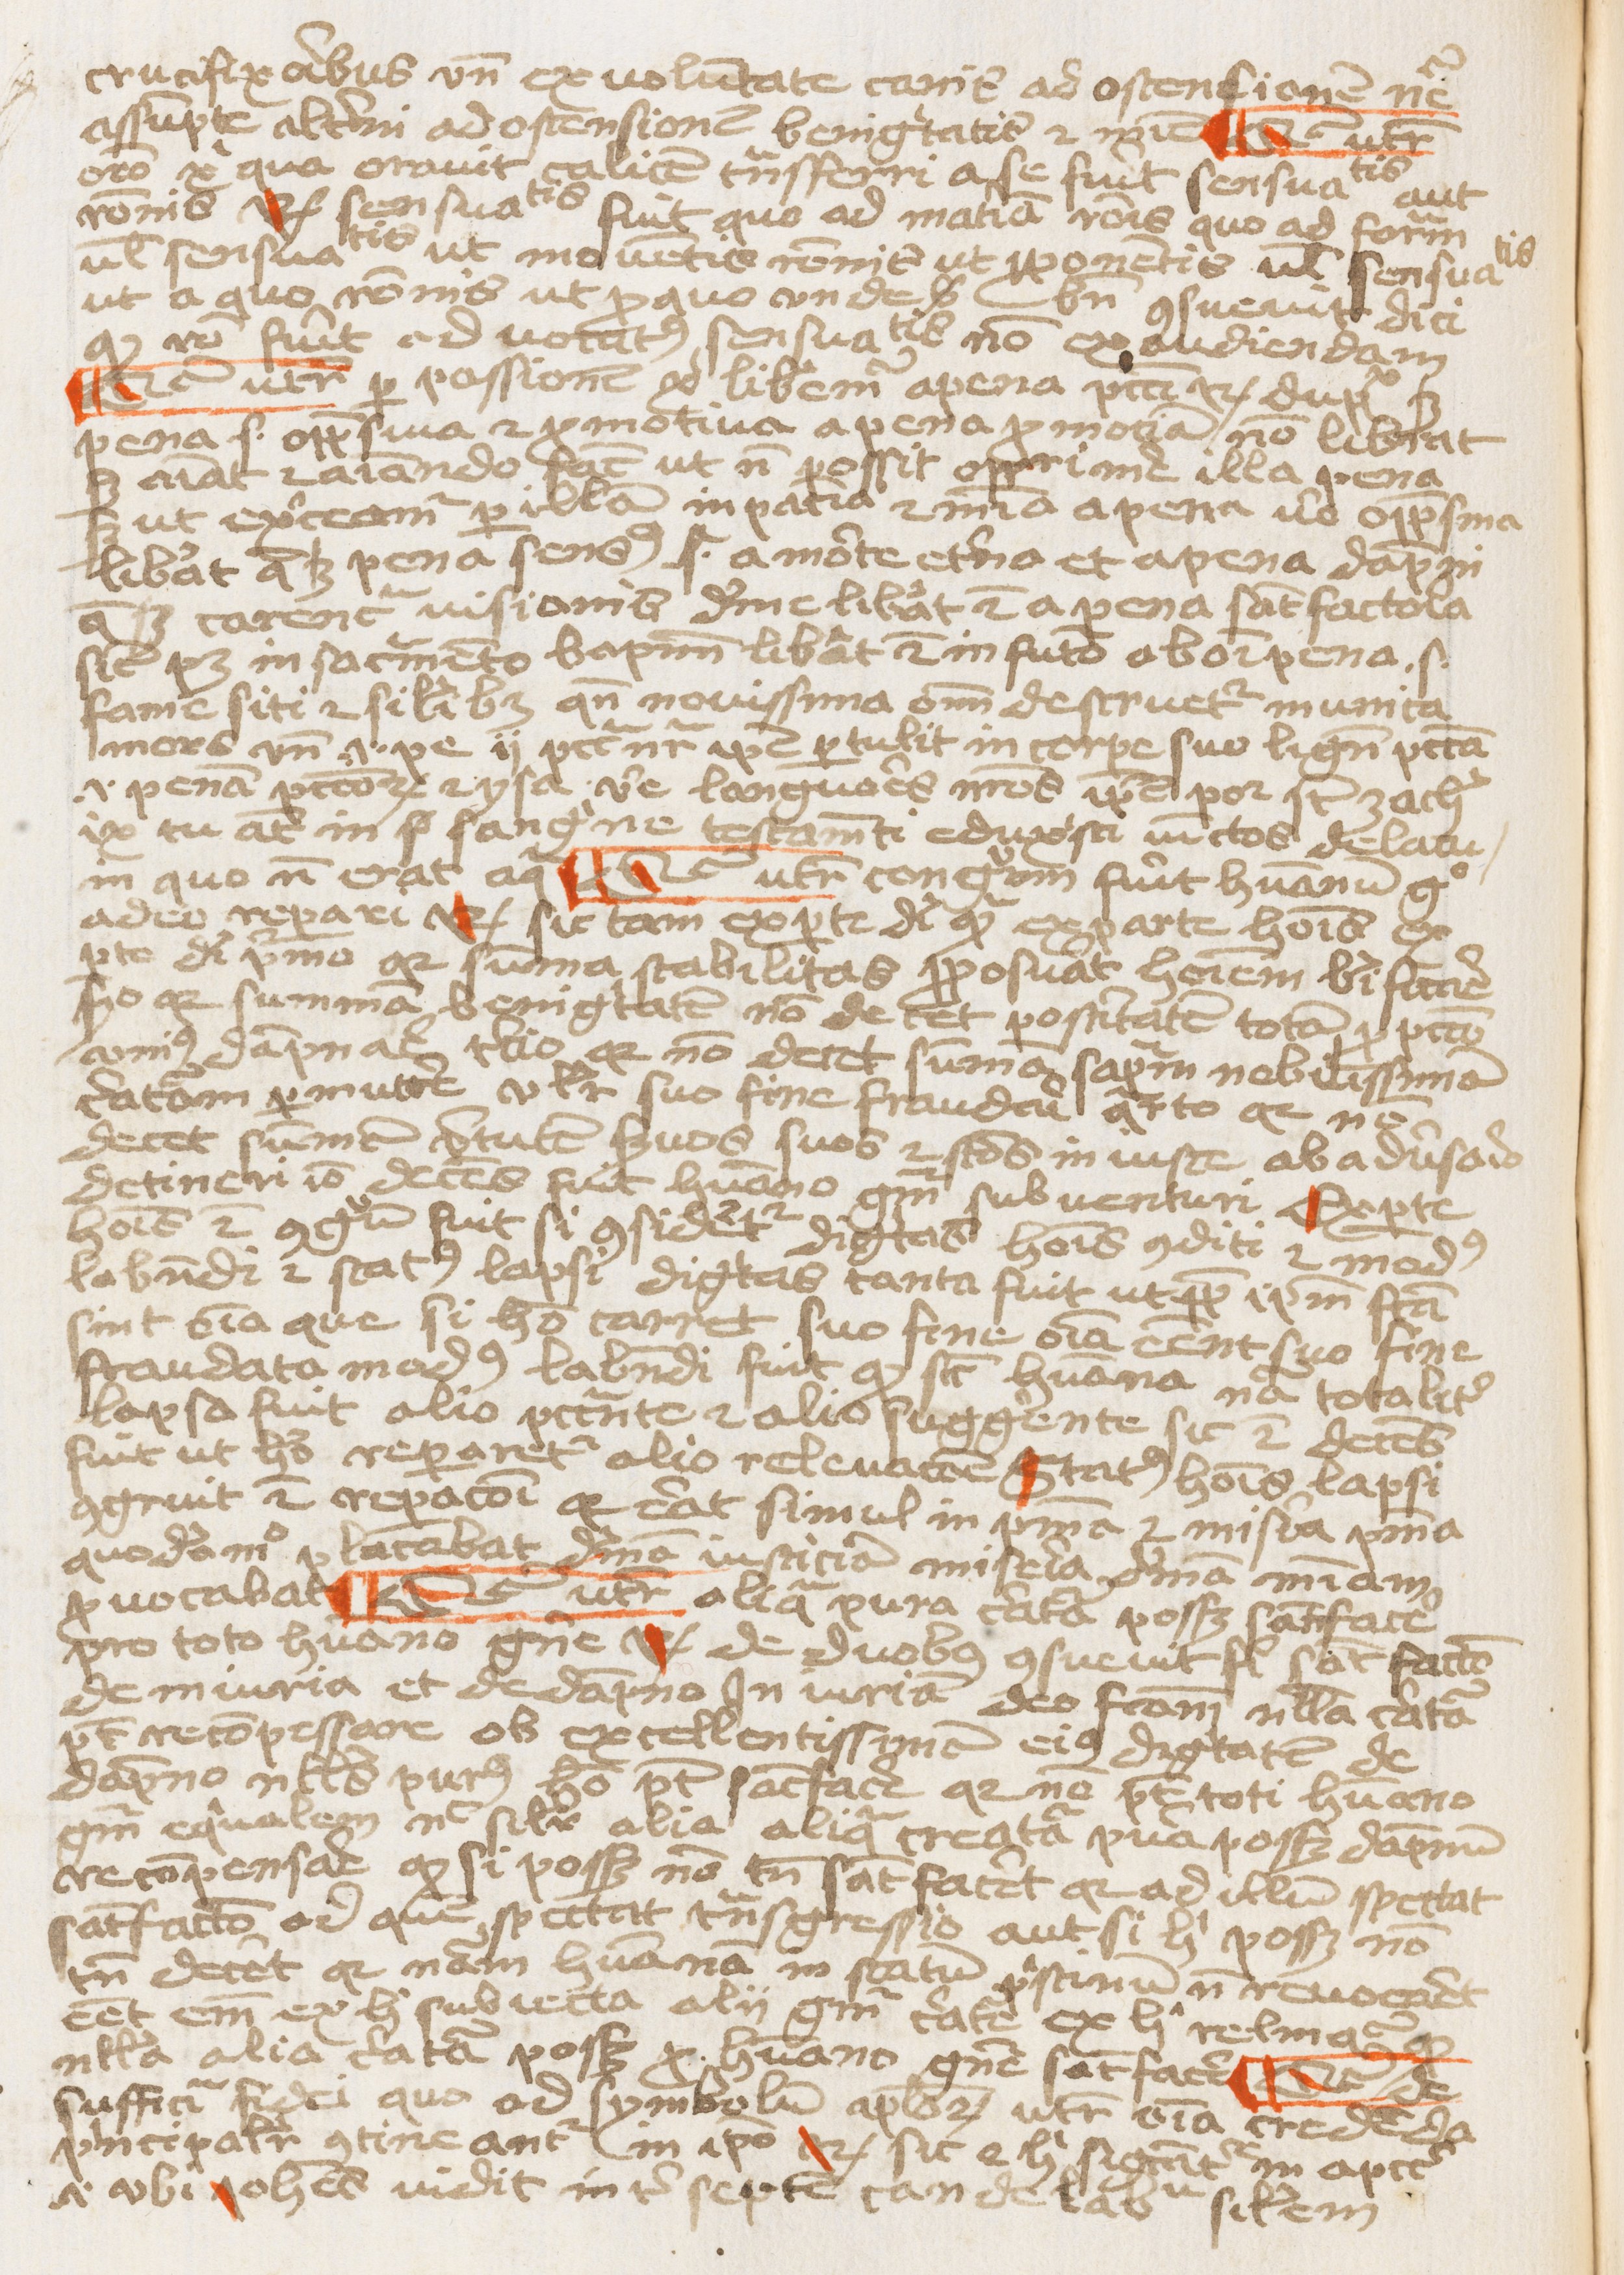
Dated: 1453–1454